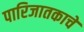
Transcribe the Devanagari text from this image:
पारिजातकाचे